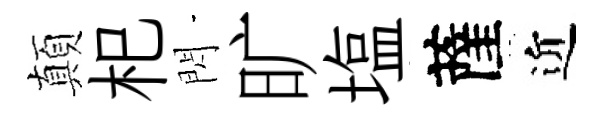
顛𣏌閃旷塩薩近